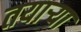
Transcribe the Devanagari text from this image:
तयाऱ्या